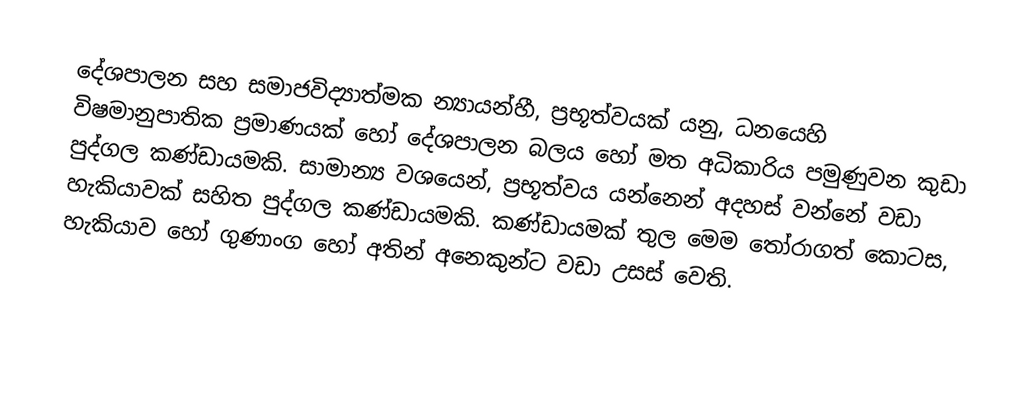
දේශපාලන සහ සමාජවිද්‍යාත්මක  න්‍යායන්හී, ප්‍රභූත්වයක් යනු, ධනයෙහි විෂමානුපාතික ප්‍රමාණයක් හෝ  දේශපාලන බලය හෝ මත අධිකාරිය පමුණුවන කුඩා පුද්ගල කණ්ඩායමකි. සාමාන්‍ය වශයෙන්, ප්‍රභූත්වය යන්නෙන් අදහස් වන්නේ වඩා හැකියාවක් සහිත පුද්ගල කණ්ඩායමකි. කණ්ඩායමක් තුල මෙම තෝරාගත් කොටස, හැකියාව හෝ ගුණාංග හෝ අතින් අනෙකුන්ට වඩා උසස් වෙති.